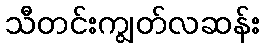
သီတင်းကျွတ်လဆန်း